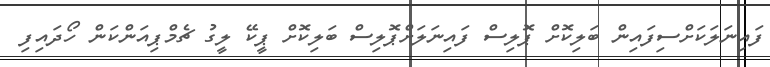
ފައިނަލަކަށްސިފައިން ބަލިކޮށް ޕޮލިސް ފައިނަލަށްޕޮލިސް ބަލިކޮށް ޕީކޭ ލީގު ޗެމްޕިއަންކަން ހޯދައިފި